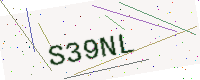
Text: S39NL